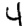
Digit: 4